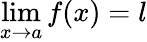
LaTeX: \lim\limits_{x\rightarrow a}f(x)=l